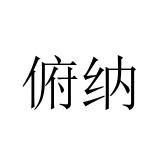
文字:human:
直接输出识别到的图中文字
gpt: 俯纳